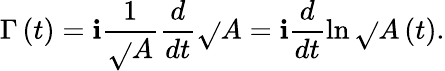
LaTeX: \Gamma\left(t\right)=\mathbf{i}\frac{{1}}{{\sqrt{}{{A}}}}\frac{{d}}{{dt}}\sqrt{}{{A}}=\mathbf{i}\frac{{d}}{{dt}}\ln\sqrt{}{{A\left(t\right)}}.